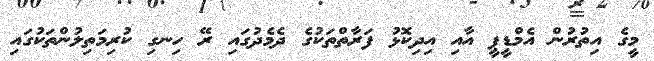
މީގެ އިތުރުން އެމްޑީޕީ އާއި އިދިކޮޅު ފަރާތްތަކުގެ ދެމެދުގައި ރޭ ހިނގި ކުރިމަތިލުންތަކުގައި